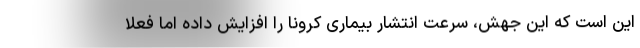
این است که این جهش، سرعت انتشار بیماری کرونا را افزایش داده اما فعلاً